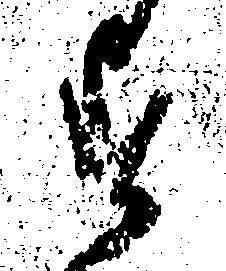
す